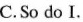
C.So do I.